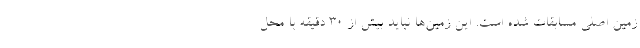
زمین اصلى مسابقات شده است. این زمین‌ها نباید بیش از 30 دقیقه با محل